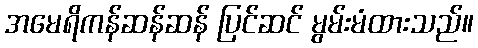
အမေရိကန်ဆန်ဆန် ပြင်ဆင် မွမ်းမံထားသည်။